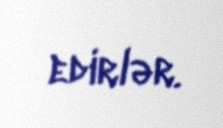
edirlər.